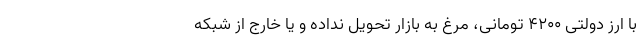
با ارز دولتی ۴۲۰۰ تومانی، مرغ به بازار تحویل نداده و یا خارج از شبکه